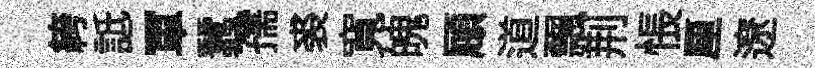
絝詆軍蠶孺裘寬魄頋道飄荆悵厘遼